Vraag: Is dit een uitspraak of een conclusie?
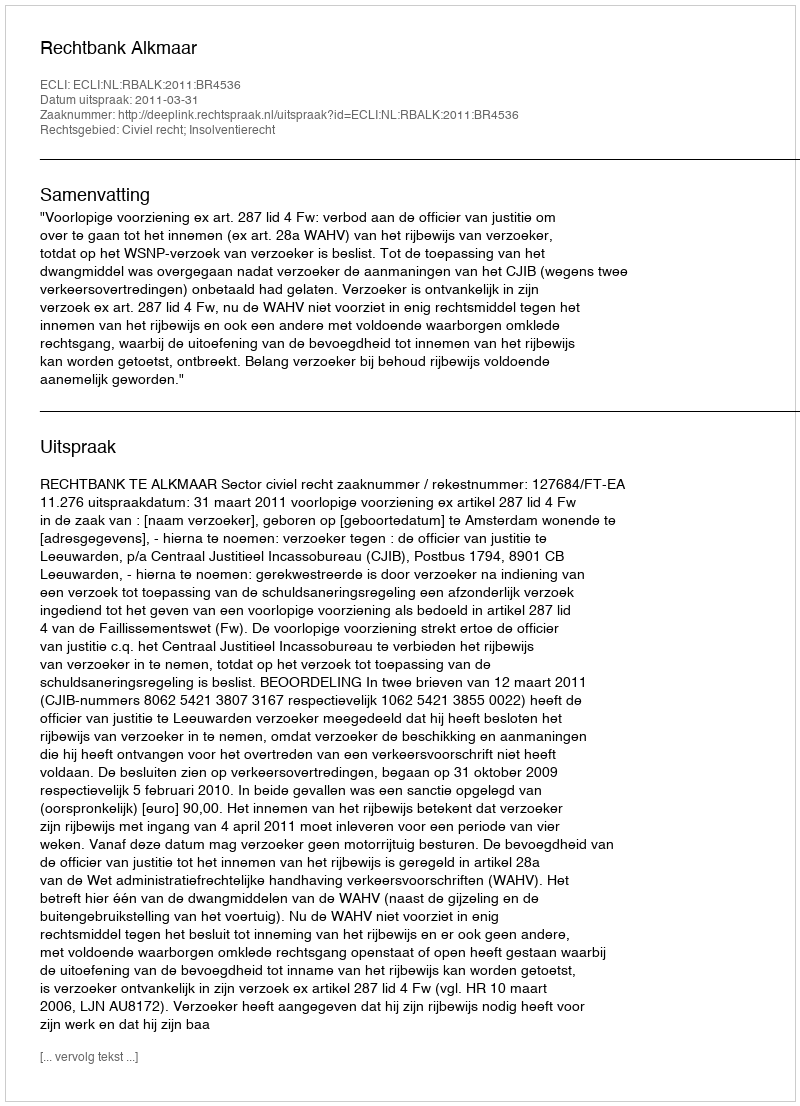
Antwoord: Uitspraak